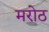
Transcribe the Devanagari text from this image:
मरोठ